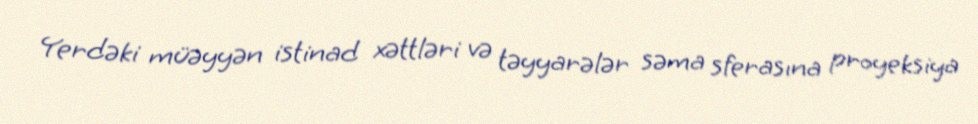
Yerdəki müəyyən istinad xəttləri və təyyarələr səma sferasına proyeksiya